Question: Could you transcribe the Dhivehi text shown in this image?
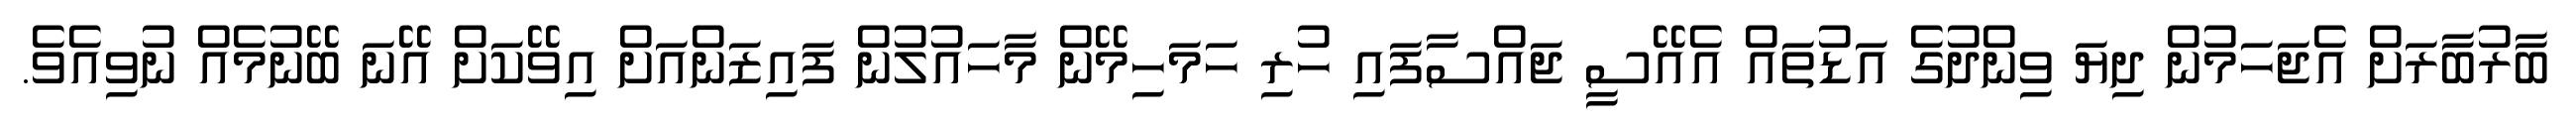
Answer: ބާރުބާރަށް އެޖަހަމުން ދިޔަ ވިންދުގެ އަޑުތައް އެއޭސީ ޖައްސާފައި ހުރި ހަމަހިމޭން މާހައުލުން ފައިޒަންއަށް އިވޭކަށް އޭނަ ބޭނުމެއް ނުވިއެވެ.